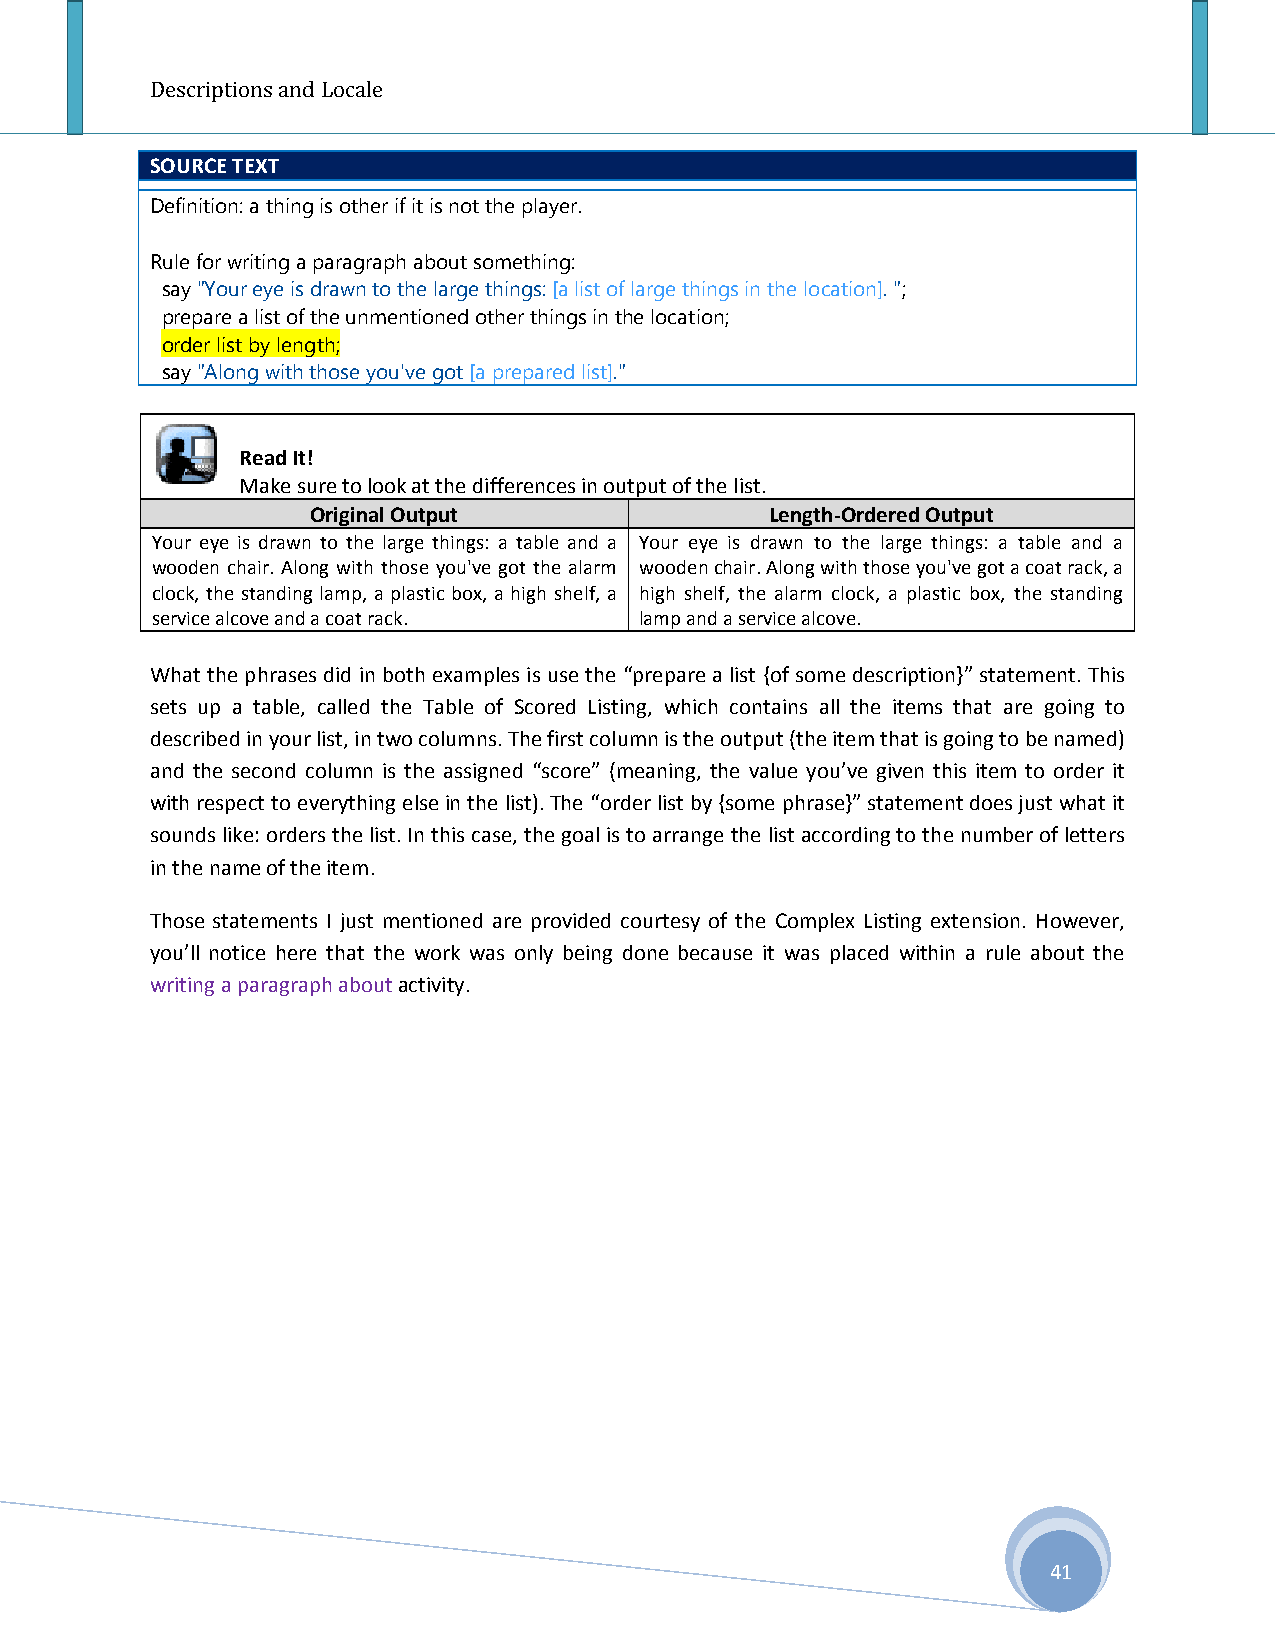
Descriptions and Locale
 SOURCE TEXT
 Definition: a thing is other if it is not the player.
 Rule for writing a paragraph about something:
 say "Your eye is drawn to the large things: [a list of large things in the location]. ";
 prepare a list of the unmentioned other things in the location;
 order list by length;
 say "Along with those you've got [a prepared list]."
 Read It!
 Make sure to look at the differences in output of the list.
 Original Output               Length-Ordered Output
 Your eye is drawn to the large things: a table and a Your eye is drawn to the large things: a table and a
 wooden chair. Along with those you've got the alarm wooden chair. Along with those you've got a coat rack, a
 clock, the standing lamp, a plastic box, a high shelf, a high shelf, the alarm clock, a plastic box, the standing
 service alcove and a coat rack. lamp and a service alcove.
 What the phrases did in both examples is use the “prepare a list {of some description}” statement. This
 sets up a table, called the Table of Scored Listing, which contains all the items that are going to
 described in your list, in two columns. The first column is the output (the item that is going to be named)
 and the second column is the assigned “score” (meaning, the value you’ve given this item to order it
 with respect to everything else in the list). The “order list by {some phrase}” statement does just what it
 sounds like: orders the list. In this case, the goal is to arrange the list according to the number of letters
 in the name of the item.
 Those statements I just mentioned are provided courtesy of the Complex Listing extension. However,
 you’ll notice here that the work was only being done because it was placed within a rule about the
 writing a paragraph about activity.
 41